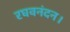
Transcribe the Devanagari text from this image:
रघवनंदन।